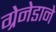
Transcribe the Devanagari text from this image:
ग्रेनेडाने